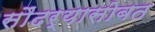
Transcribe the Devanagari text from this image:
सौंदर्यासोबत